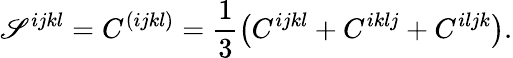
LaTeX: \mathscr{S}^{ijkl}=C^{(ijkl)}=\frac{1}{3}\left(C^{ijkl}+C^{iklj}+C^{iljk}\right).